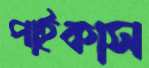
পাইকাস